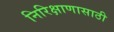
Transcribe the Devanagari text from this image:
निरिक्षाणासाठी